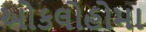
ઓકલોહોમા